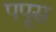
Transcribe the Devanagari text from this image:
पपूस